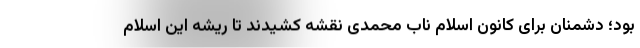
بود؛ دشمنان برای کانون اسلام ناب محمدی نقشه کشیدند تا ریشه این اسلام